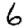
Digit: 6